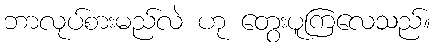
ဘာလုပ်စားမည်လဲ ဟု တွေးပူကြလေသည်။